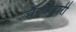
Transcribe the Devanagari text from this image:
चैरजाहारी